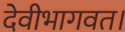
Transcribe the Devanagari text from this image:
देवीभागवत।